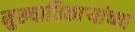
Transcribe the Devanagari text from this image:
मुख्याधिकाऱ्यांच्या